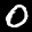
Label: 0